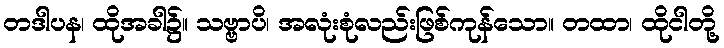
တဒါပန၊ ထိုအခါ၌။ သဗ္ဗာပိ၊ အလုံးစုံလည်းဖြစ်ကုန်သော။ တထာ၊ ထိုငါတို့